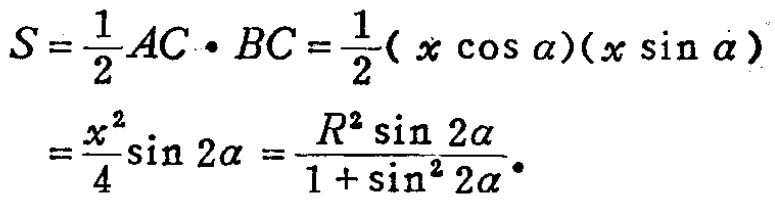
\[
\begin{align*}
S&=\frac{1}{2}AC\cdot BC=\frac{1}{2}(x\cos\alpha)(x\sin\alpha)\\
&=\frac{x^{2}}{4}\sin2\alpha=\frac{R^{2}\sin2\alpha}{1 + \sin^{2}2\alpha}
\end{align*}
\]